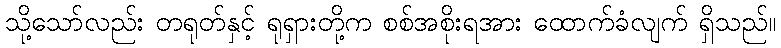
သို့သော်လည်း တရုတ်နှင့် ရုရှားတို့က စစ်အစိုးရအား ထောက်ခံလျက် ရှိသည်။